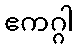
ဧကဂ္ဂါ